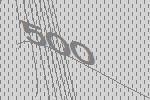
500